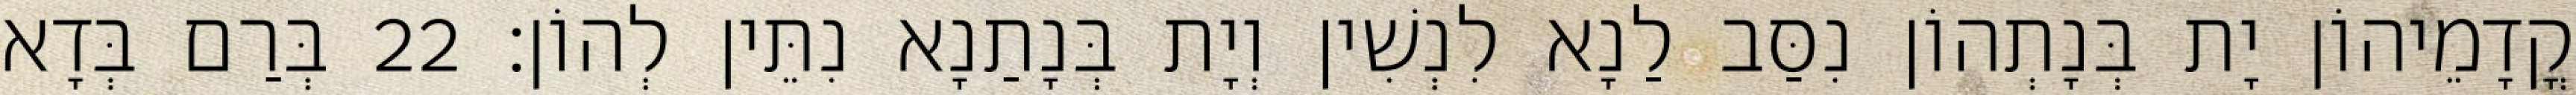
קֳדָמֵיהוֹן יָת בְּנָתְהוֹן נִסַּב לַנָא לִנְשִׁין וְיָת בְּנָתַנָא נִתֵּין לְהוֹן׃ 22 בְּרַם בְּדָא